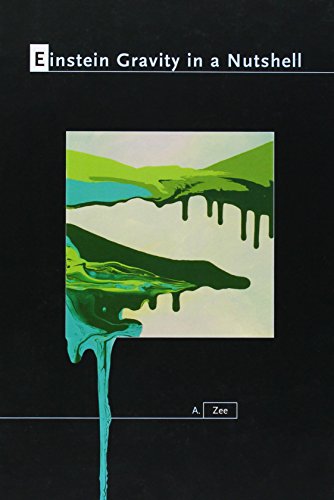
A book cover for Einstein Gravity in a Nutshell; A. Zee; Science & Math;